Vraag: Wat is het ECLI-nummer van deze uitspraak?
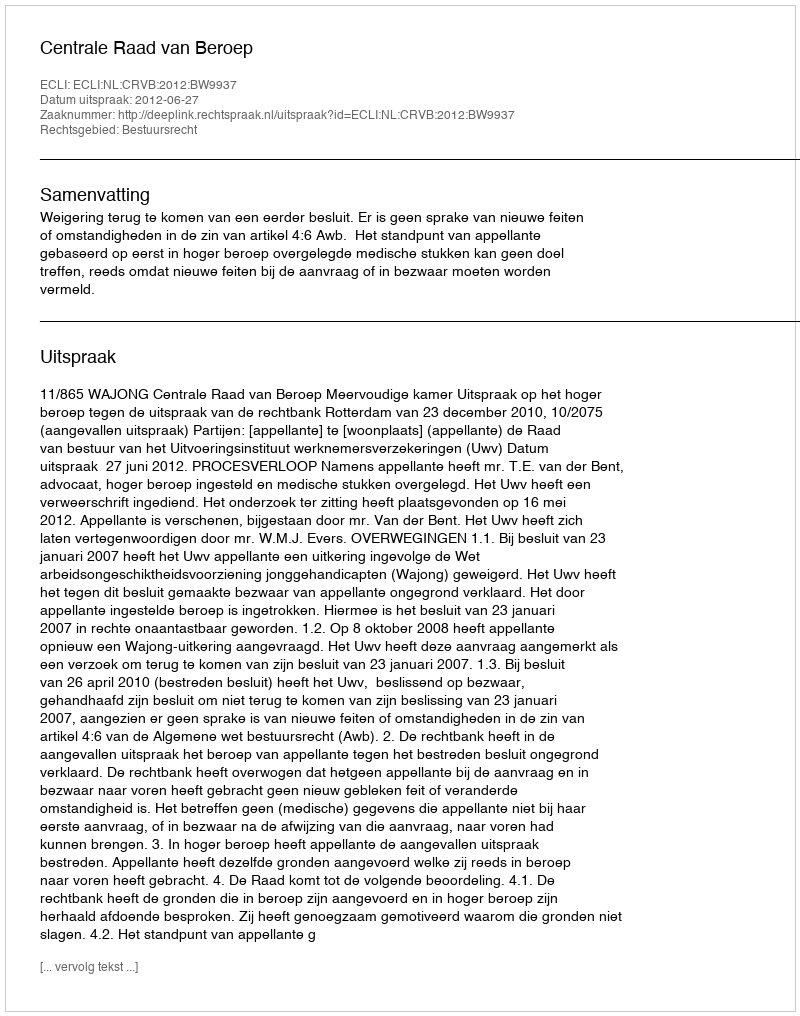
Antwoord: ECLI:NL:CRVB:2012:BW9937